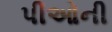
પીઓની